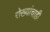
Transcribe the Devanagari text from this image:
रोख्यांचाही